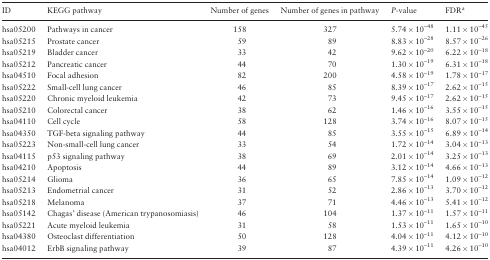
<table><thead><tr><td><b>ID</b></td><td><b>KEGG pathway</b></td><td><b>Number of genes</b></td><td><b>Number of genes in pathway</b></td><td><b><i>P</i>-value</b></td><td><b>FDR<sup>a</sup></b></td></tr></thead><tbody><tr><td>hsa05200</td><td>Pathways in cancer</td><td>158</td><td>327</td><td>5.74 × 10<sup>–48</sup></td><td>1.11 × 10<sup>–45</sup></td></tr><tr><td>hsa05215</td><td>Prostate cancer</td><td>59</td><td>89</td><td>8.83 × 10<sup>–28</sup></td><td>8.57 × 10<sup>–26</sup></td></tr><tr><td>hsa05219</td><td>Bladder cancer</td><td>33</td><td>42</td><td>9.62 × 10<sup>–20</sup></td><td>6.22 × 10<sup>–18</sup></td></tr><tr><td>hsa05212</td><td>Pancreatic cancer</td><td>44</td><td>70</td><td>1.30 × 10<sup>–19</sup></td><td>6.31 × 10<sup>–18</sup></td></tr><tr><td>hsa04510</td><td>Focal adhesion</td><td>82</td><td>200</td><td>4.58 × 10<sup>–19</sup></td><td>1.78 × 10<sup>–17</sup></td></tr><tr><td>hsa05222</td><td>Small-cell lung cancer</td><td>46</td><td>85</td><td>8.39 × 10<sup>–17</sup></td><td>2.62 × 10<sup>–15</sup></td></tr><tr><td>hsa05220</td><td>Chronic myeloid leukemia</td><td>42</td><td>73</td><td>9.45 × 10<sup>–17</sup></td><td>2.62 × 10<sup>–15</sup></td></tr><tr><td>hsa05210</td><td>Colorectal cancer</td><td>38</td><td>62</td><td>1.46 × 10<sup>–16</sup></td><td>3.55 × 10<sup>–15</sup></td></tr><tr><td>hsa04110</td><td>Cell cycle</td><td>58</td><td>128</td><td>3.74 × 10<sup>–16</sup></td><td>8.07 × 10<sup>–15</sup></td></tr><tr><td>hsa04350</td><td>TGF-beta signaling pathway</td><td>44</td><td>85</td><td>3.55 × 10<sup>–15</sup></td><td>6.89 × 10<sup>–14</sup></td></tr><tr><td>hsa05223</td><td>Non-small-cell lung cancer</td><td>33</td><td>54</td><td>1.72 × 10<sup>–14</sup></td><td>3.04 × 10<sup>–13</sup></td></tr><tr><td>hsa04115</td><td>p53 signaling pathway</td><td>38</td><td>69</td><td>2.01 × 10<sup>–14</sup></td><td>3.25 × 10<sup>–13</sup></td></tr><tr><td>hsa04210</td><td>Apoptosis</td><td>44</td><td>89</td><td>3.12 × 10<sup>–14</sup></td><td>4.66 × 10<sup>–13</sup></td></tr><tr><td>hsa05214</td><td>Glioma</td><td>36</td><td>65</td><td>7.85 × 10<sup>–14</sup></td><td>1.09 × 10<sup>–12</sup></td></tr><tr><td>hsa05213</td><td>Endometrial cancer</td><td>31</td><td>52</td><td>2.86 × 10<sup>–13</sup></td><td>3.70 × 10<sup>–12</sup></td></tr><tr><td>hsa05218</td><td>Melanoma</td><td>37</td><td>71</td><td>4.46 × 10<sup>–13</sup></td><td>5.41 × 10<sup>–12</sup></td></tr><tr><td>hsa05142</td><td>Chagas’ disease (American trypanosomiasis)</td><td>46</td><td>104</td><td>1.37 × 10<sup>–11</sup></td><td>1.57 × 10<sup>–11</sup></td></tr><tr><td>hsa05221</td><td>Acute myeloid leukemia</td><td>31</td><td>58</td><td>1.53 × 10<sup>–11</sup></td><td>1.65 × 10<sup>–10</sup></td></tr><tr><td>hsa04380</td><td>Osteoclast differentiation</td><td>50</td><td>128</td><td>4.04 × 10<sup>–11</sup></td><td>4.12 × 10<sup>–10</sup></td></tr><tr><td>hsa04012</td><td>ErbB signaling pathway</td><td>39</td><td>87</td><td>4.39 × 10<sup>–11</sup></td><td>4.26 × 10<sup>–10</sup></td></tr></tbody></table>